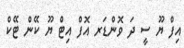
އިފް ޔޫ ސީ ދަ ވޮންޑަރ އޮފް އިޓް ޔޫ ކޭން ޓޭކް